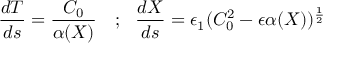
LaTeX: \frac { d T } { d s } = \frac { C _ { 0 } } { \alpha ( X ) } \ \ \ ; \ \ \frac { d X } { d s } = \epsilon _ { 1 } ( C _ { 0 } ^ { 2 } - \epsilon \alpha ( X ) ) ^ { \frac { 1 } { 2 } }